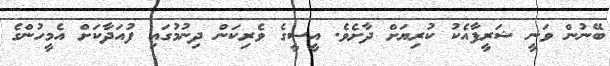
ބޭނުން ވަނީ ޝަރީފާއެކު ކުރިޔަށް ދާށެވެ. އީސީގެ ވެރިކަން ދިނުމުގައި ފުއަދާކަށް އެމީހުންގެ